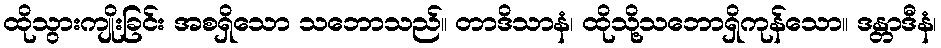
ထိုသွားကျိုးခြင်း အစရှိသော သဘောသည်။ တာဒိသာနံ၊ ထိုသို့သဘောရှိကုန်သော။ ဒန္တာဒီနံ၊